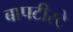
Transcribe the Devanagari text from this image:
बापटीस्टे